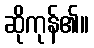
ဆိုကုန်၏။